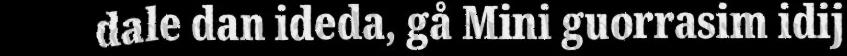
dale dan ideda, gå Mini guorrasim idij